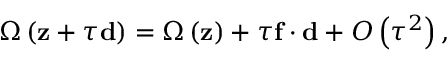
\Omega \left( \mathbf { z } + \tau \mathbf { d } \right) = \Omega \left( \mathbf { z } \right) + \tau \mathbf { f } \cdot \mathbf { d } + O \left( \tau ^ { 2 } \right) ,